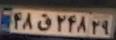
۴۸ق۲۴۸۲۹